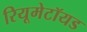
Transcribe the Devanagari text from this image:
रियूमेटॉयड